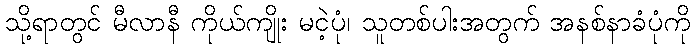
သို့ရာတွင် မီလာနီ ကိုယ်ကျိုး မငဲ့ပုံ၊ သူတစ်ပါးအတွက် အနစ်နာခံပုံကို